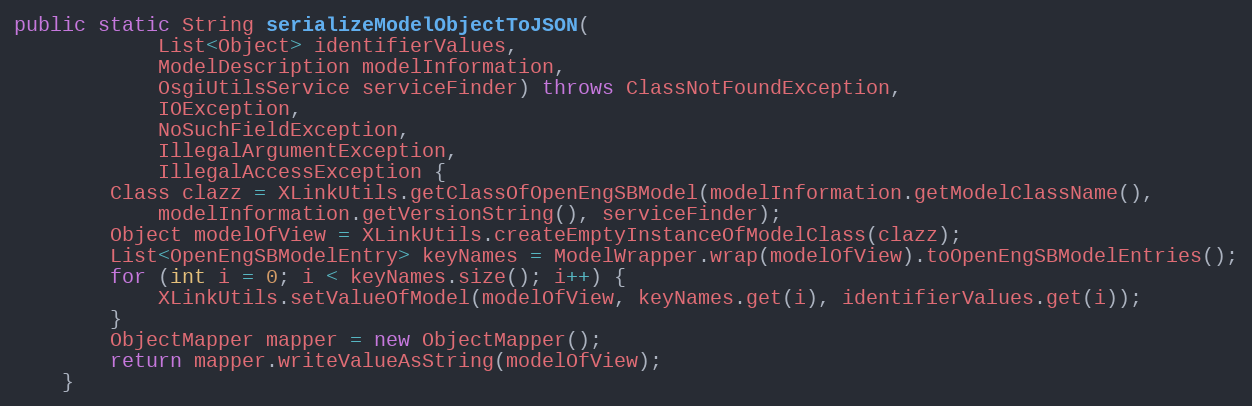
Language: Java
public static String serializeModelObjectToJSON(
            List<Object> identifierValues,
            ModelDescription modelInformation,
            OsgiUtilsService serviceFinder) throws ClassNotFoundException,
            IOException,
            NoSuchFieldException,
            IllegalArgumentException,
            IllegalAccessException {
        Class clazz = XLinkUtils.getClassOfOpenEngSBModel(modelInformation.getModelClassName(),
            modelInformation.getVersionString(), serviceFinder);
        Object modelOfView = XLinkUtils.createEmptyInstanceOfModelClass(clazz);
        List<OpenEngSBModelEntry> keyNames = ModelWrapper.wrap(modelOfView).toOpenEngSBModelEntries();
        for (int i = 0; i < keyNames.size(); i++) {
            XLinkUtils.setValueOfModel(modelOfView, keyNames.get(i), identifierValues.get(i));
        }
        ObjectMapper mapper = new ObjectMapper();
        return mapper.writeValueAsString(modelOfView);
    }